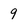
Character: 9